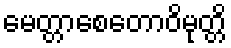
မေတ္တာစေတောဝိမုတ္တိ